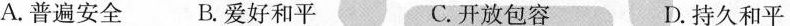
A.普遍安全 B.爱好和平 C.开放包容 D.持久和平